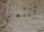
تنتمي